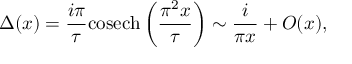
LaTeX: \Delta ( x ) = \frac { i \pi } { \tau } { \mathrm { c o s e c h } } \left( \frac { \pi ^ { 2 } x } { \tau } \right) \sim \frac { i } { \pi x } + O ( x ) ,